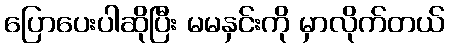
ပြောပေးပါဆိုပြီး မမနှင်းကို မှာလိုက်တယ်